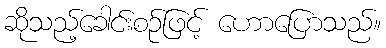
ဆိုသည့်ခေါင်းစဉ်ဖြင့် ဟောပြောသည်။